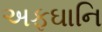
અફઘાનિ